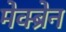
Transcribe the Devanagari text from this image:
मेक्ब्रेन